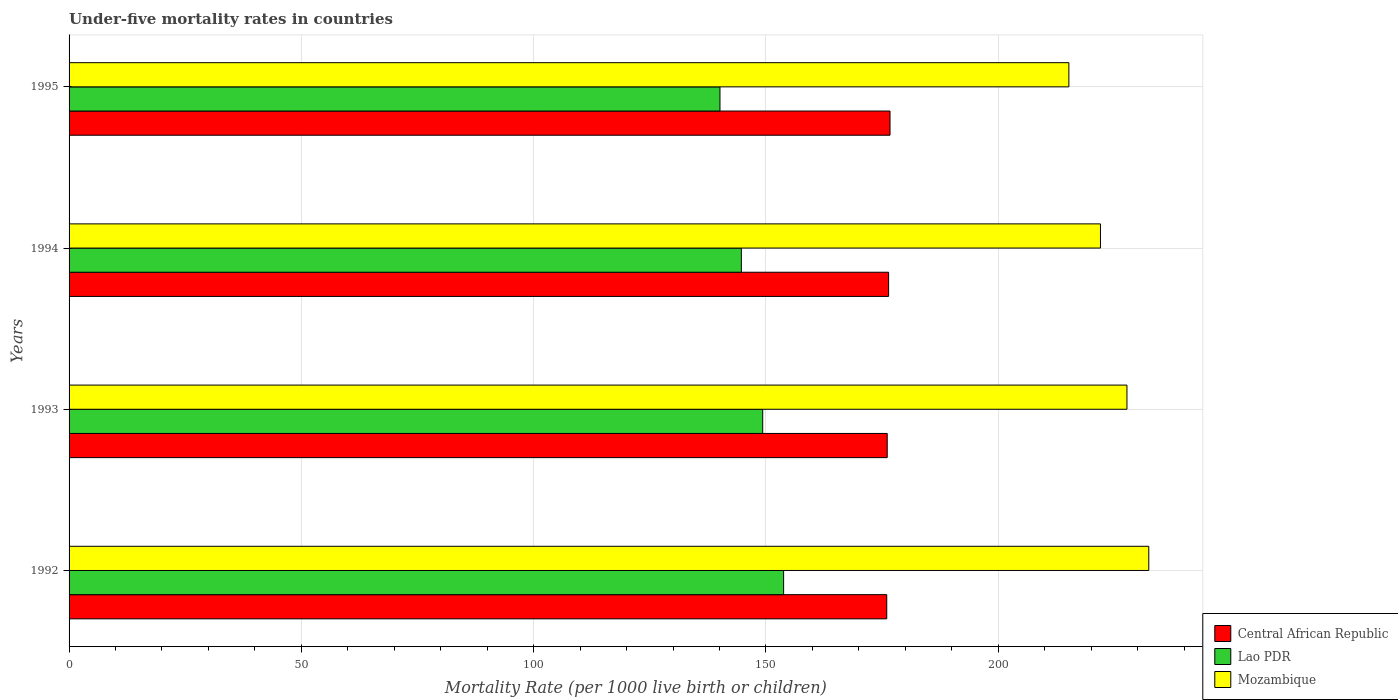
| Years | Central African Republic | Lao PDR | Mozambique |
 | --- | --- | --- | --- |
 | 1992 | 176 | 154 | 232 |
 | 1993 | 176 | 149 | 228 |
 | 1994 | 176 | 145 | 222 |
 | 1995 | 177 | 140 | 215 |